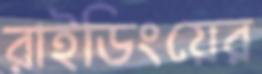
রাইডিংয়ের